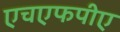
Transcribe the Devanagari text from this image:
एचएफपीए